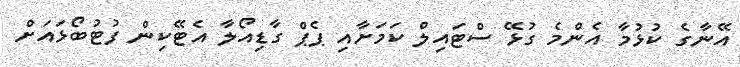
އޭނާގެ ކުޅުމާ އެންމެ ގުޅޭ ސްޓައިލް ކަމަށާއި ޕެޕް ގާޑިއޯލާ އެޓޭކިން ފުޓުބޯޅައަށް